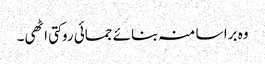
وہ برا سا منہ بنائے جمائی روکتی اٹھی۔